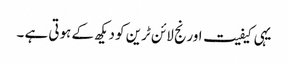
یہی کیفیت اورنج لائن ٹرین کو دیکھ کے ہوتی ہے ۔